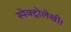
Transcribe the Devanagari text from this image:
स्पेक्ट्रोलेखी।